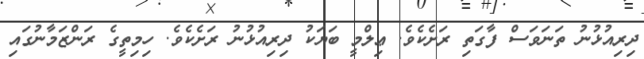
ދިރިއުޅުނު ތަނަވަސް ފާގަތި ރަށެކެވެ. ޢިލްމީ ބަޔަކު ދިރިއުޅުނު ރަށެކެވެ. ހިމިތީގެ ރަންޒަމާނުގައި